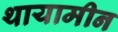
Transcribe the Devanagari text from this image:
थायामीन